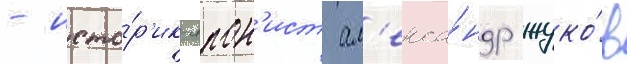
- исто́р'ик-япон'ист ал'екса́ндр жуко́в